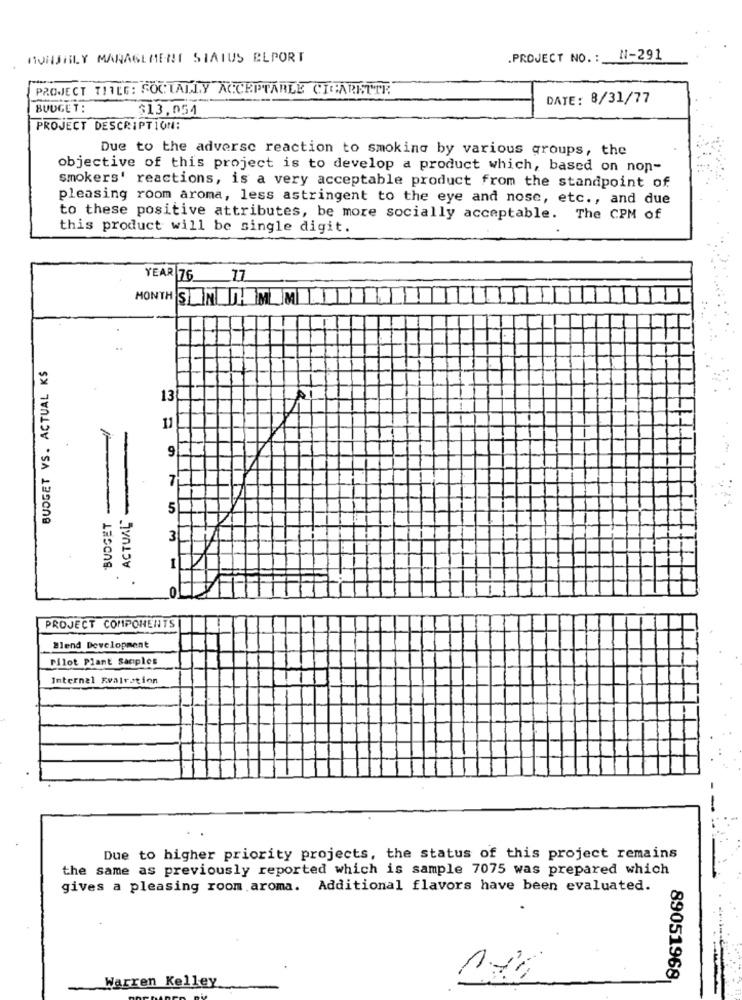
MONTHLY MANAGEMENT STATUS ELPORT
.PROJECT NO .: N-291
PROJECT TITLE: SOCIALLY ACCEPTABLE CIGARETTE
DATE: 8/31/77
BUDGET:
$13,054
PROJECT DESCRIPTION:
Due to the adverse reaction to smoking by various groups, the
objective of this project is to develop a product which, based on non-
smokers' reactions, is a very acceptable product from the standpoint of
pleasing room aroma, less astringent to the eye and nose, etc ., and due
to these positive attributes, be more socially acceptable. The CPM of
this product will be single digit.
YEAR 76
17
MONTH SENDTHEMEMIAL
BUDGET VS. ACTUAL KS
13
A
11
9
7
. ACTUAL"
5
3
1
PROJECT COMPONENTS
Blend Development
Pilot Plant sacples
Internal Evairation
Due to higher priority projects, the status of this project remains
the same as previously reported which is sample 7075 was prepared which
gives a pleasing room aroma. Additional flavors have been evaluated.
Warren Kelley
89051968